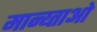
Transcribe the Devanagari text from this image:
मान्य्ताओ